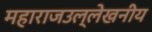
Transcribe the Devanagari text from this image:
महाराजउल्लेखनीय